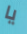
يا